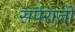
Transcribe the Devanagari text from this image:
सर्पराजों